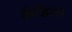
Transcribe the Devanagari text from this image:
कैडिला